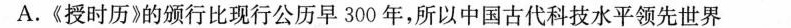
A.《授时历》的颁行比现行公历早300年，所以中国古代科技水平领先世界